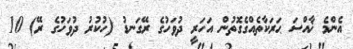
އެންމެ ޚާއްސަ ޙަރަކާތެއްގެގޮތުން އަހަރީ ދުވަހުގެ ރޭގަނޑު (ހުކުރު ދުވަހުގެ ރޭ) 10